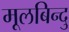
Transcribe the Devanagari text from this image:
मूलबिन्दु